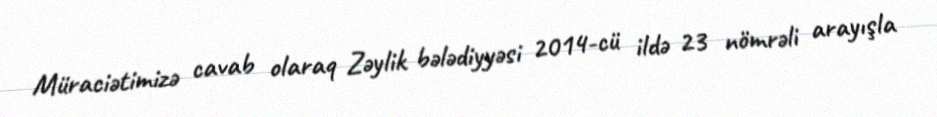
Müraciətimizə cavab olaraq Zəylik bələdiyyəsi 2014-cü ildə 23 nömrəli arayışla